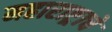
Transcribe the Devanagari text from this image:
महाराष्ट्र्राचे